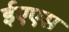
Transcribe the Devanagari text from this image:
ईएएस